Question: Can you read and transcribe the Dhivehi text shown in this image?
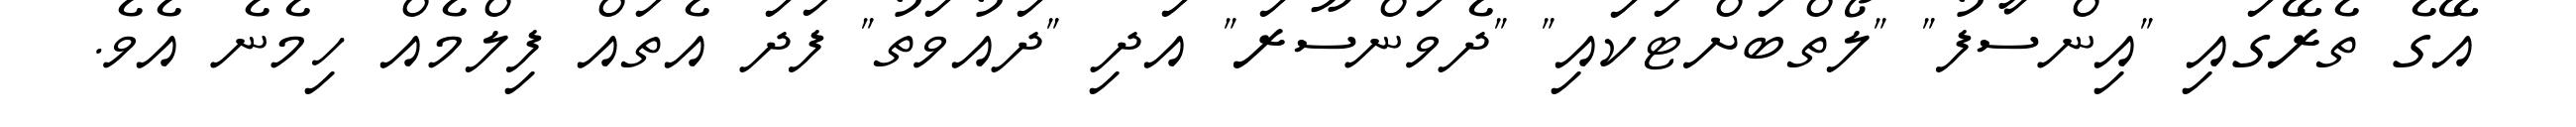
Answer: އޭގެ ތެރޭގައި "އިންސާފު" "ލޯތްބަށްޓަކައި" "ދެވަންސޫރަ" އަދި "ދައުވަތު" ފަދަ އެތައް ފިލްމެއް ހިމެނެ އެވެ.